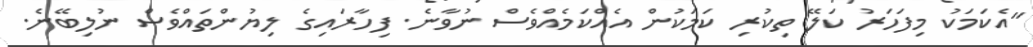
"އެކަމަކު މިފަހަރު ކަލޭ ތިކުރި ކަމަކުން އެއްކަމެއްވެސް ނުވާނެ. ފިހާރައިގެ ލިޔުންތައްވެސް ނުލިބޭނެ.